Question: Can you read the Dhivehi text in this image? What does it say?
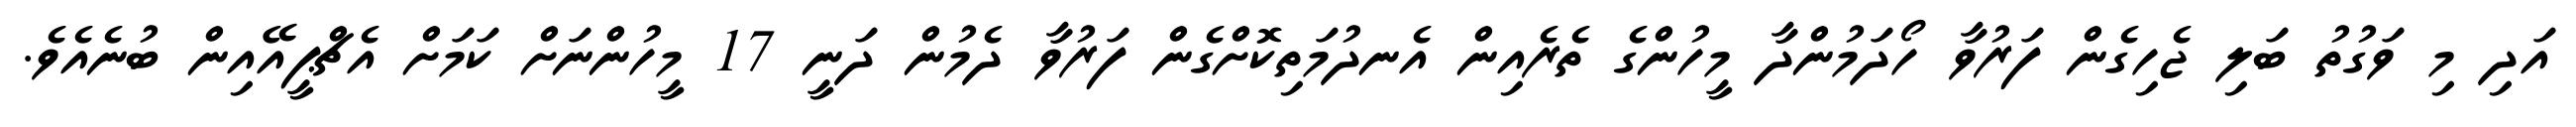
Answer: އަދި މި ވަގުތު ބަލި ޖެހިގެން ފަރުވާ ހޯދަމުންދާ މީހުންގެ ތެރެއިން އެނދުމަތިކޮށްގެން ފަރުވާ ދެމުން ދަނީ 17 މީހުންނަށް ކަމަށް އެޗްޕީއޭއިން ބުނެއެވެ.